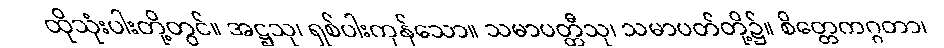
ထိုသုံးပါးတို့တွင်။ အဋ္ဌသု၊ ရှစ်ပါးကုန်သော။ သမာပတ္တီသု၊ သမာပတ်တို့၌။ စိတ္တေကဂ္ဂတာ၊